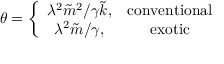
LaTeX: { \theta } = \left\{ \begin{array} { c c } { { { \lambda ^ { 2 } { \tilde { m } } ^ { 2 } } / { \gamma { \tilde { k } } } , } } & { { \mathrm { c o n v e n t i o n a l } } } \\ { { { \lambda ^ { 2 } } { \tilde { m } } / \gamma , } } & { { \mathrm { e x o t i c } } } \end{array} \right.